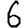
Digit: 6